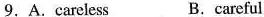
9.A.Careless B.careful